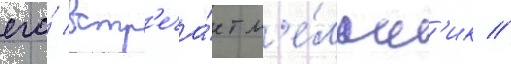
его́ встр'еча́ет м'е́льн'ик //